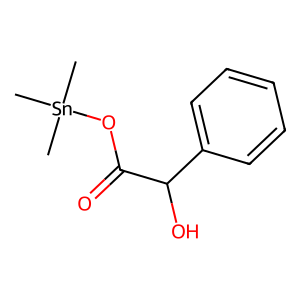
SMILES: C[Sn](C)(C)OC(=O)C(O)c1ccccc1
Inhibits HIV replication: No